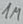
Text: 1M